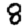
Digit: 8